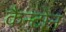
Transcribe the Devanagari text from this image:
कैन्टोन